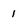
Character: 1